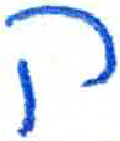
אות: ק